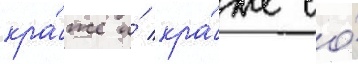
кра́же и́ кра́же со́